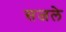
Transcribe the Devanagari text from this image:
सजले